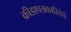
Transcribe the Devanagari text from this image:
क्रीडापत्रकारितेचे